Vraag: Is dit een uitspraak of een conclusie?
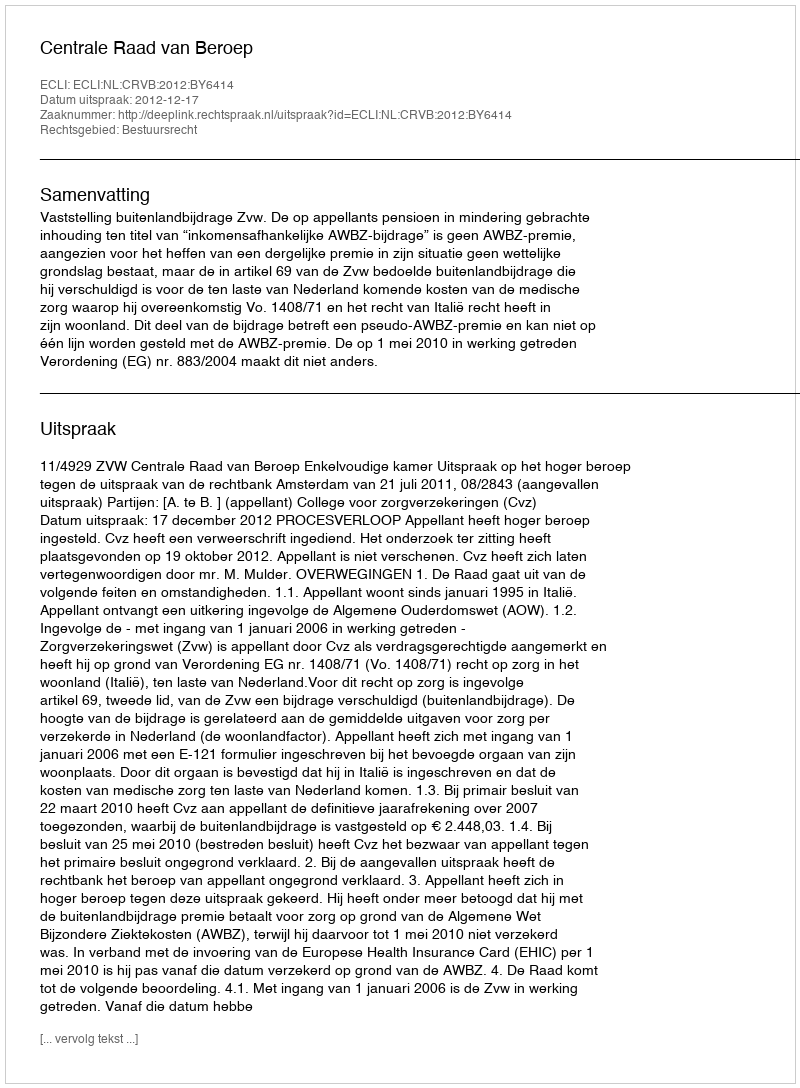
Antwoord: Uitspraak